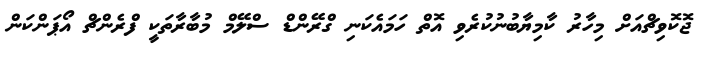
ޖޮކޮވިޗްއަށް މިހާރު ކާމިޔާބުނުކުރެވި އޮތް ހަމައެކަނި ގްރޭންޑް ސްލޭމް މުބާރާތަކީ ފްރެންޗް އޯޕަންކަން